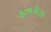
હઝારીકા